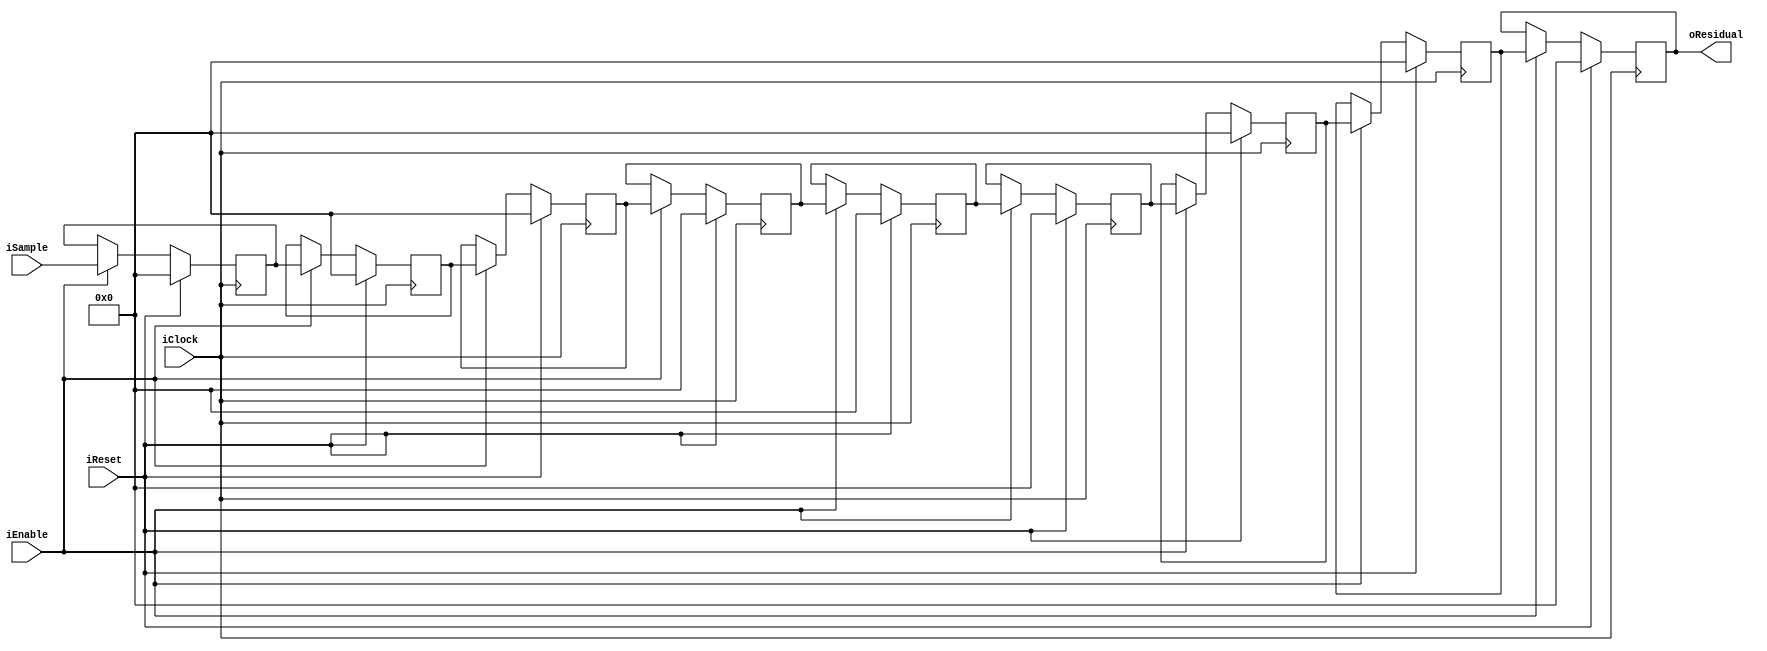
module FixedEncoderOrder0 (input wire iClock, 
                           input wire iEnable,
                           input wire iReset,
                           input wire signed [15:0] iSample,
                           output wire signed [15:0] oResidual);
/* 
 * Registered to ensure latency is same as the other fixed encoders
 */
 
reg signed [15:0] dataq [0:7];
reg signed [15:0] sample_r;

integer i;

assign oResidual = dataq[7];

always @(posedge iClock)
begin
    if (iReset) begin
        sample_r <= 16'b0;
        for (i = 0; i <= 7; i = i + 1) begin
            dataq[i] <= 16'b0;
        end
    end else if (iEnable) begin
        // Register the input
        sample_r <= iSample;
        
        // Shift the data queue down 1
        for (i = 1; i <= 7; i = i + 1) begin
            dataq[i] <= dataq[i - 1];
        end
        
        // Push the sample into the data queue
        dataq[0] <= sample_r;
    end
end
endmodule